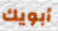
أبويك